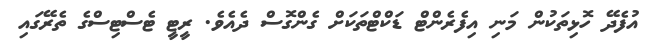
އުފެދޭ ހޮޅިތަކުން މަނި އިފެރެންޓް ޑަކްޓްތަކަށް ގެންގޮސް ދެއެވެ. ރީޓީ ޓެސްޓިސްގެ ތެރޭގައި